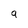
Character: 9